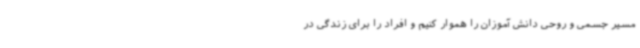
مسیر جسمی و روحی دانش آموزان را هموار کنیم و افراد را برای زندگی در